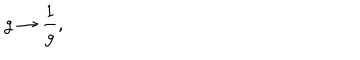
g \rightarrow \frac { 1 } { g } ,